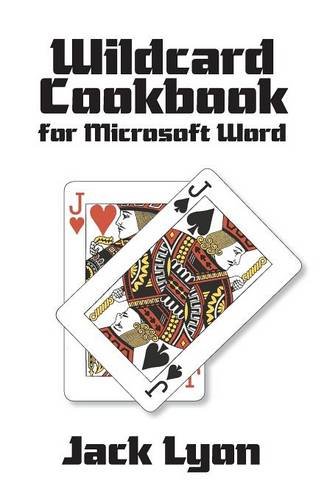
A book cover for Wildcard Cookbook for Microsoft Word; Jack Lyon; Computers & Technology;